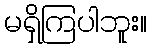
မရှိကြပါဘူး။